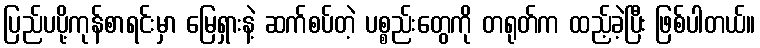
ပြည်ပပို့ကုန်စာရင်းမှာ မြေရှားနဲ့ ဆက်စပ်တဲ့ ပစ္စည်းတွေကို တရုတ်က ထည့်ခဲ့ပြီး ဖြစ်ပါတယ်။